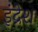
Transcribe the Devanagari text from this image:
इंद्रेश